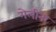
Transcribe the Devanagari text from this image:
गेलीना